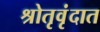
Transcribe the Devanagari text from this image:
श्रोतृवृंदात